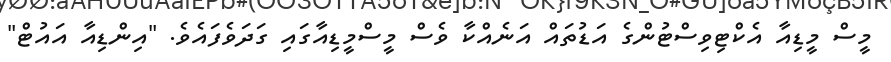
މީސް މީޑިއާ އެކްޓިވިސްޓުންގެ އަޑުތައް އަނެެއްކާ ވެސް މީސްމީޑިއާގައި ގަދަވެފައެވެ. "އިންޑިއާ އައުޓް"